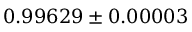
0 . 9 9 6 2 9 \pm 0 . 0 0 0 0 3